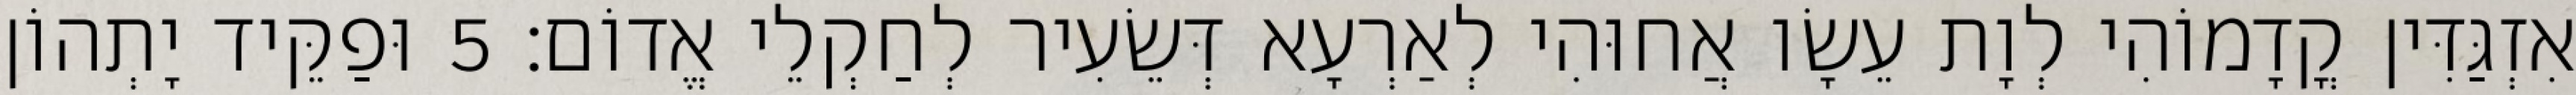
אִזְגַּדִּין קֳדָמוֹהִי לְוָת עֵשָׂו אֲחוּהִי לְאַרְעָא דְּשֵׂעִיר לְחַקְלֵי אֱדוֹם׃ 5 וּפַקֵּיד יָתְהוֹן